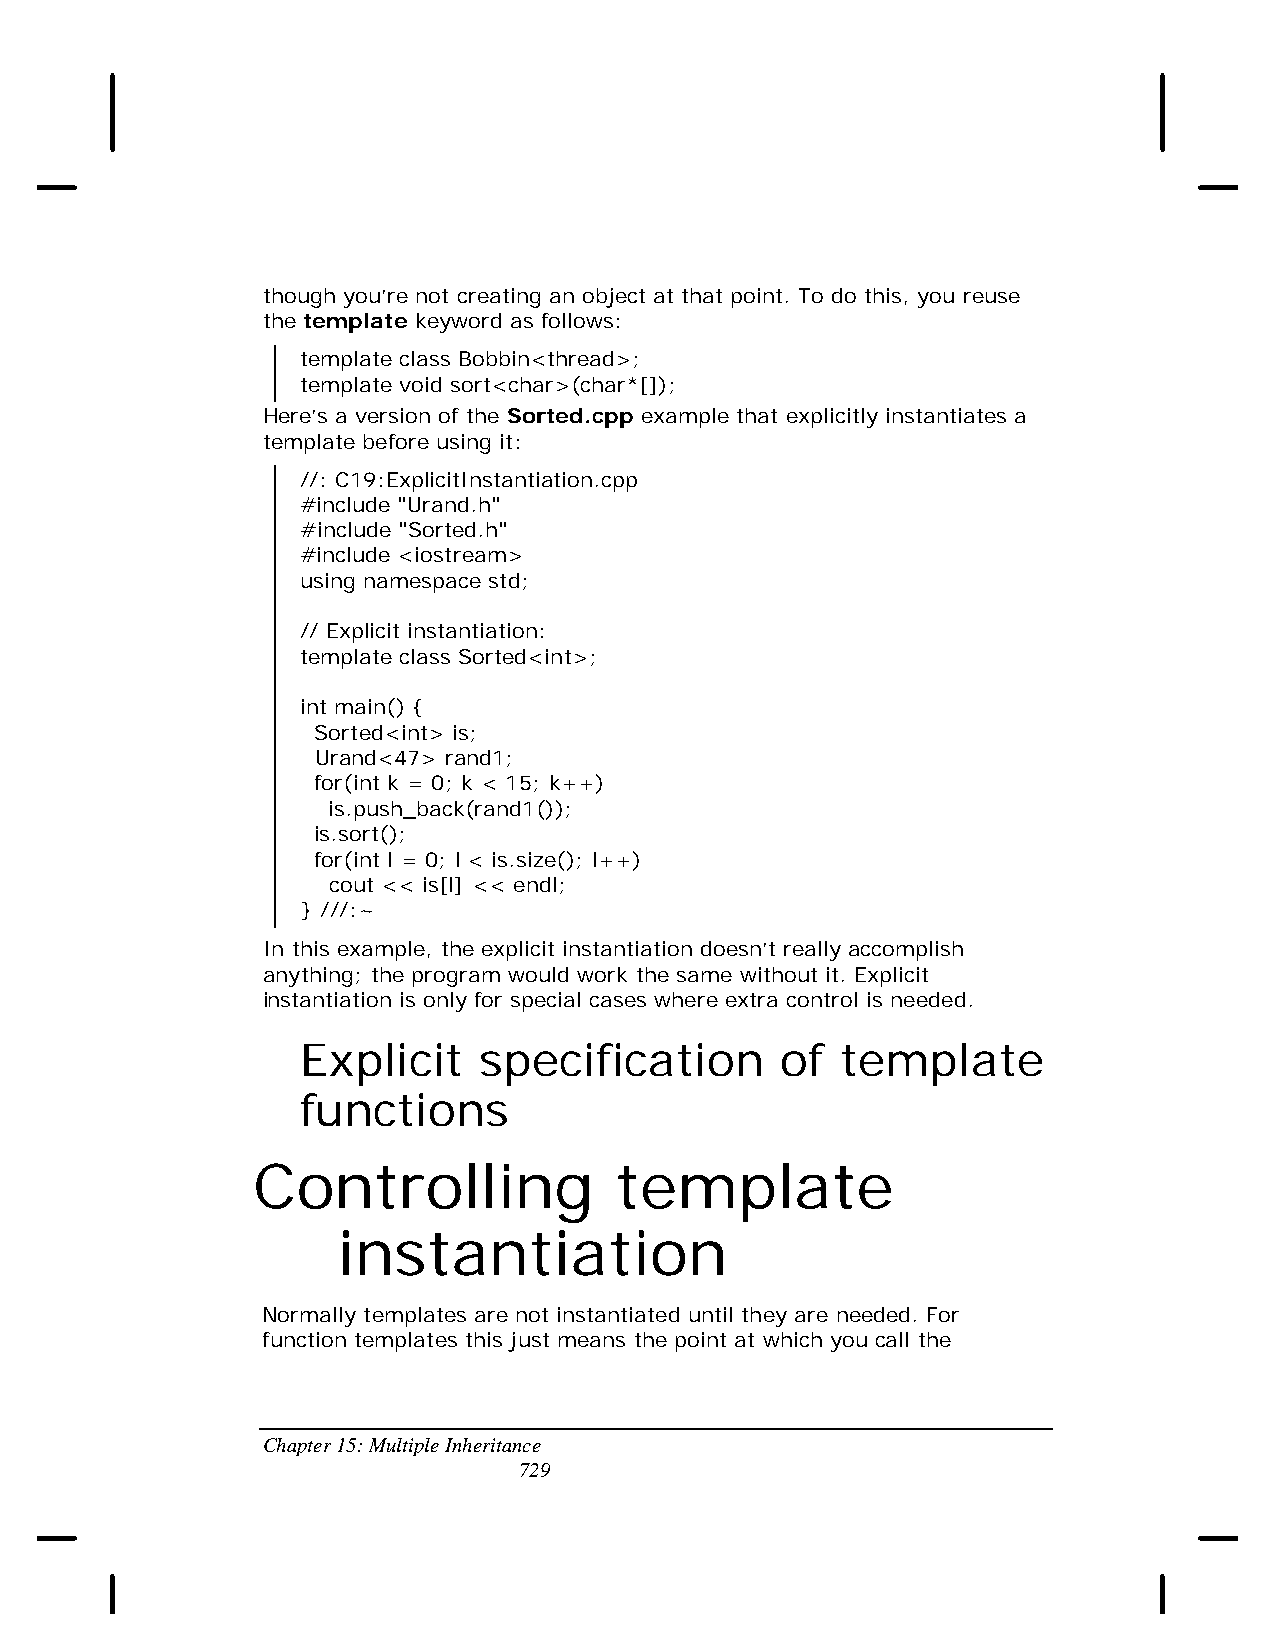
though you’re not creating an object at that point. To do this, you reuse
 the template keyword as follows:
 template class Bobbin<thread>;
 template void sort<char>(char*[]);
 Here’s a version of the Sorted.cpp example that explicitly instantiates a
 template before using it:
 //: C19:ExplicitInstantiation.cpp
 #include "Urand.h"
 #include "Sorted.h"
 #include <iostream>
 using namespace std;
 // Explicit instantiation:
 template class Sorted<int>;
 int main() {
 Sorted<int> is;
 Urand<47> rand1;
 for(int k = 0; k < 15; k++)
 is.push_back(rand1());
 is.sort();
 for(int l = 0; l < is.size(); l++)
 cout << is[l] << endl;
 } ///:~
 In this example, the explicit instantiation doesn’t really accomplish
 anything; the program would work the same without it. Explicit
 instantiation is only for special cases where extra control is needed.
 Explicit    specification       of  template
 functions
 Controlling             template
 instantiation
 Normally templates are not instantiated until they are needed. For
 function templates this just means the point at which you call the
 Chapter 15: Multiple Inheritance
 729